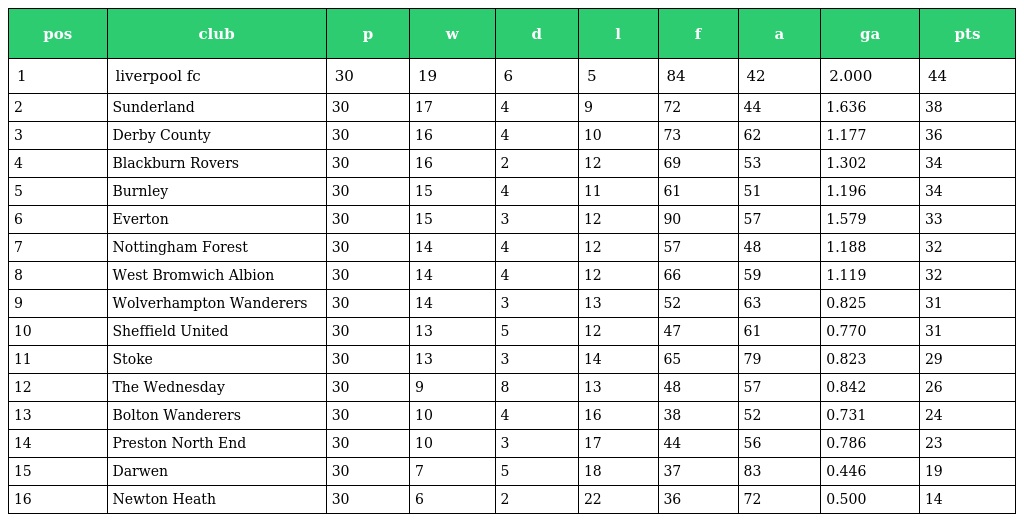
| pos | club | p | w | d | l | f | a | ga | pts |
 | --- | --- | --- | --- | --- | --- | --- | --- | --- | --- |
 | 1 | liverpool fc | 30 | 19 | 6 | 5 | 84 | 42 | 2.000 | 44 |
 | 2 | Sunderland | 30 | 17 | 4 | 9 | 72 | 44 | 1.636 | 38 |
 | 3 | Derby County | 30 | 16 | 4 | 10 | 73 | 62 | 1.177 | 36 |
 | 4 | Blackburn Rovers | 30 | 16 | 2 | 12 | 69 | 53 | 1.302 | 34 |
 | 5 | Burnley | 30 | 15 | 4 | 11 | 61 | 51 | 1.196 | 34 |
 | 6 | Everton | 30 | 15 | 3 | 12 | 90 | 57 | 1.579 | 33 |
 | 7 | Nottingham Forest | 30 | 14 | 4 | 12 | 57 | 48 | 1.188 | 32 |
 | 8 | West Bromwich Albion | 30 | 14 | 4 | 12 | 66 | 59 | 1.119 | 32 |
 | 9 | Wolverhampton Wanderers | 30 | 14 | 3 | 13 | 52 | 63 | 0.825 | 31 |
 | 10 | Sheffield United | 30 | 13 | 5 | 12 | 47 | 61 | 0.770 | 31 |
 | 11 | Stoke | 30 | 13 | 3 | 14 | 65 | 79 | 0.823 | 29 |
 | 12 | The Wednesday | 30 | 9 | 8 | 13 | 48 | 57 | 0.842 | 26 |
 | 13 | Bolton Wanderers | 30 | 10 | 4 | 16 | 38 | 52 | 0.731 | 24 |
 | 14 | Preston North End | 30 | 10 | 3 | 17 | 44 | 56 | 0.786 | 23 |
 | 15 | Darwen | 30 | 7 | 5 | 18 | 37 | 83 | 0.446 | 19 |
 | 16 | Newton Heath | 30 | 6 | 2 | 22 | 36 | 72 | 0.500 | 14 |